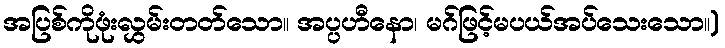
အပြစ်ကိုဖုံးလွှမ်းတတ်သော။ အပ္ပဟီနော၊ မဂ်ဖြင့်မပယ်အပ်သေးသော။)